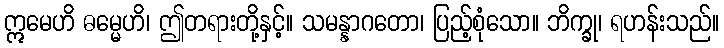
ဣမေဟိ ဓမ္မေဟိ၊ ဤတရားတို့နှင့်။ သမန္နာဂတော၊ ပြည့်စုံသော။ ဘိက္ခု၊ ရဟန်းသည်။